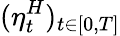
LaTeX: (\eta_{t}^{H})_{t\in[0,T]}